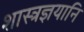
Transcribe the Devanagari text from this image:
शास्त्रज्ञयानि